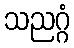
သညဂ္ဂံ